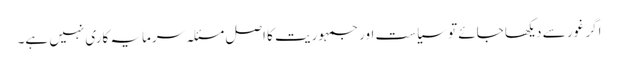
اگر غور سے دیکھا جائے تو سیاست اور جمہوریت کا اصل مسئلہ سرمایہ کاری نہیں ہے۔